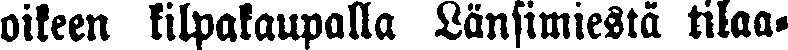
oikeen kilpakaupalla Länsimiestä tilaa-